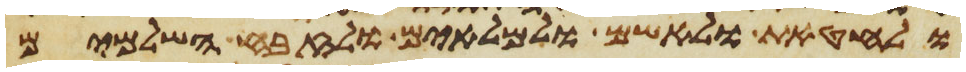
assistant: ולחטאת ולאשם ולמלאים ולזבח השלמים